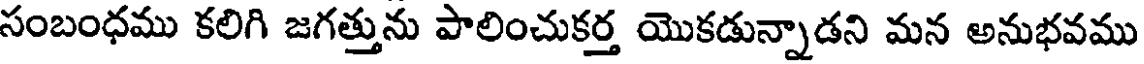
సంబంధము కలిగి జగత్తును పాలించుకర్త యొకడున్నాడని మన అనుభవము